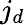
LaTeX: j_{d}